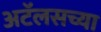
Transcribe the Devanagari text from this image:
अटॅलसच्या